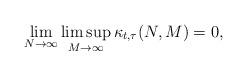
LaTeX: \begin{align*}\lim_{N\rightarrow \infty}\limsup_{M\rightarrow \infty}\kappa_{t,\tau}(N,M) = 0,\end{align*}